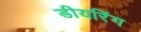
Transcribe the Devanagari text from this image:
डीयरिंग